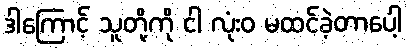
ဒါကြောင့် သူတို့ကို ငါ လုံးဝ မထင်ခဲ့တာပေါ့